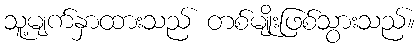
သူ့မျက်နှာထားသည် တစ်မျိုးဖြစ်သွားသည်။